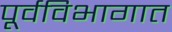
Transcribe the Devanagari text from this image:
पूर्वविभागात